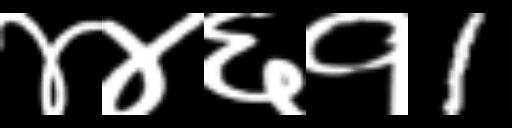
Text: ४४६१1